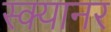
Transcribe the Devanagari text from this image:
स्क्यानर